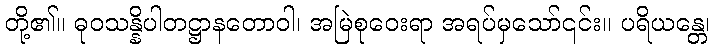
တို့၏။ ဓုဝသန္နိပါတဋ္ဌာနတောဝါ၊ အမြဲစုဝေးရာ အရပ်မှသော်၎င်း။ ပရိယန္တေ၊